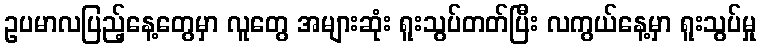
ဥပမာလပြည့်နေ့တွေမှာ လူတွေ အများဆုံး ရူးသွပ်တတ်ပြီး လကွယ်နေ့မှာ ရူးသွပ်မှု